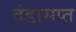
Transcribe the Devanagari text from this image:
दंडासप्त